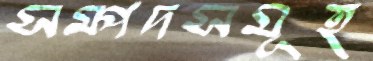
সম্পদসমূহ